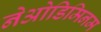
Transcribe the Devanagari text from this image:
नेओडिमिनम